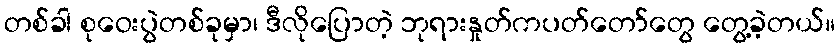
တစ်ခါ စုဝေးပွဲတစ်ခုမှာ၊ ဒီလိုပြောတဲ့ ဘုရားနှုတ်ကပတ်တော်တွေ တွေ့ခဲ့တယ်။